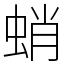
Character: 蛸